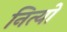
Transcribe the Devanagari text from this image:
नित्यो